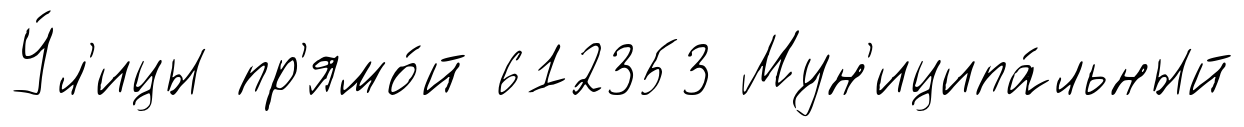
У́л'ицы пр'ямо́й 612353 Мун'иципа́льный